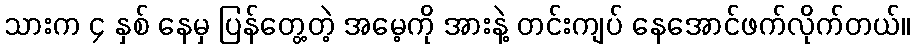
သားက ၄ နှစ် နေမှ ပြန်တွေ့တဲ့ အမေ့ကို အားနဲ့ တင်းကျပ် နေအောင်ဖက်လိုက်တယ်။